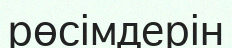
рөсімдерін